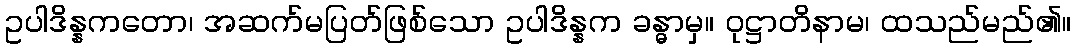
ဥပါဒိန္နကတော၊ အဆက်မပြတ်ဖြစ်သော ဥပါဒိန္နက ခန္ဓာမှ။ ဝုဋ္ဌာတိနာမ၊ ထသည်မည်၏။